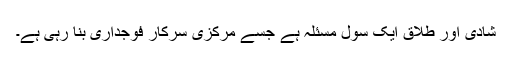
شادی اور طلاق ایک سول مسئلہ ہے جسے مرکزی سرکار فوجداری بنا رہی ہے۔